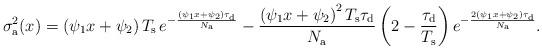
LaTeX: \begin{align*}\sigma_{\rm a}^2(x)=\left(\psi_{1}x+\psi_{2}\right)T_{\rm s}\,e^{-\frac{\left(\psi_1x+\psi_2\right)\tau_{\rm d}}{N_{\rm a}}}-\frac{\left(\psi_{1}x+\psi_{2}\right)^2T_{\rm s}\tau_{\rm d}}{N_{\rm a}}\left(2-\frac{\tau_{\rm d}}{T_{\rm s}}\right)e^{-\frac{2\left(\psi_1x+\psi_2\right)\tau_{\rm d}}{N_{\rm a}}}.\end{align*}